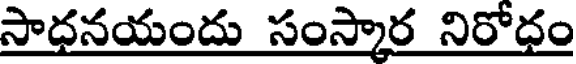
సాధనయందు సంస్కార నిరోధం